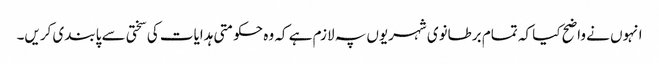
انہوں نے واضح کیا کہ تمام برطانوی شہریوں پہ لازم ہے کہ وہ حکومتی ہدایات کی سختی سے پابندی کریں۔